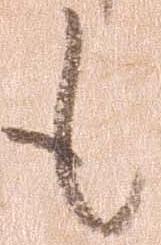
も